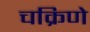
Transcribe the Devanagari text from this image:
चक्रिणे